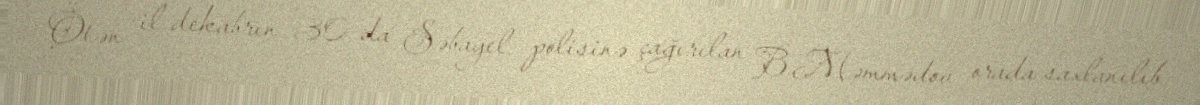
Ötən il dekabrın 30-da Səbayel polisinə çağırılan B.Məmmədov orada saxlanılıb